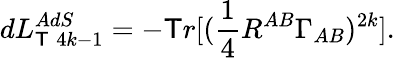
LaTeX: dL_{\mathsf{T}\; 4k-1}^{AdS}=-\mathsf{T}r[(\frac{{1}}{{4}}R^{AB}\Gamma_{AB})^{2k}].